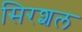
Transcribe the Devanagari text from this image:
सिरशल